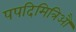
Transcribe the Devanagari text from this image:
पपदिमित्रिऔ